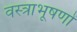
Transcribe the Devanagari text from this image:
वस्‍त्राभूषणों